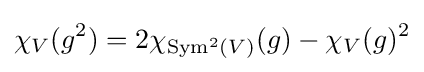
\chi _{V}(g^{2})=2\chi _{\operatorname {Sym} ^{2}(V)}(g)-\chi _{V}(g)^{2}